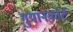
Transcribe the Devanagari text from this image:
गुयानकोर्ट